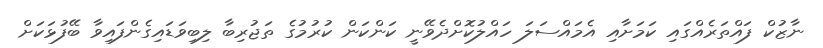
ނާޒުކް ފައްތަރެއްގައި ކަމަށާއި އެމައްސަލަ ހައްލުކޮށްދެވޭނީ ކަންކަން ކުރުމުގެ ތަޖުރިބާ ލިބިވަޑައިގެންފައިވާ ބޭފުޅަކަށް